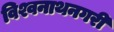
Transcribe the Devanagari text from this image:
विश्वनाथनगरी